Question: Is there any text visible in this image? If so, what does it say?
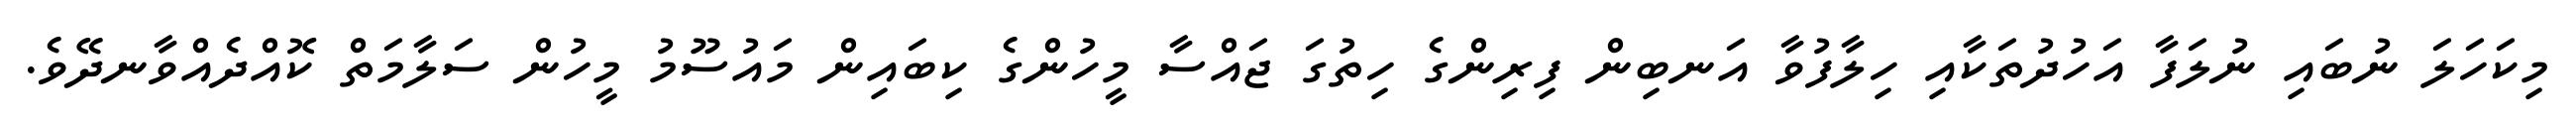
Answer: މިކަހަލަ ނުބައި ނުލަފާ އަހުދުތަކާއި ހިލާފުވާ އަނބިން ފިރިންގެ ހިތުގަ ޖައްސާ މީހުންގެ ކިބައިން މައުސޫމު މީހުން ސަލާމަތް ކޮއްދެއްވާނދޭވެ.